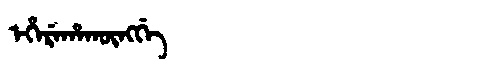
Manchu: ᡝᡥᡝᡵᡝᡥᠠᡴᡡᠩᡤᡝ
Romanization: EHEREHAKŪNGGE